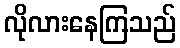
လိုလားနေကြသည်